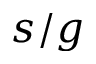
s / g